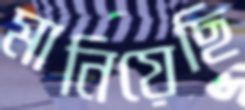
মানিয়েছি